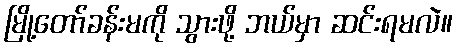
မြို့တော်ခန်းမကို သွားဖို့ ဘယ်မှာ ဆင်းရမလဲ။